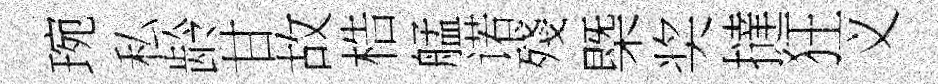
琬私龄甘故梏艋诺殘槩奖撻狂义